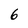
Character: 6